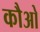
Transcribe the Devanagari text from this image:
कौओ